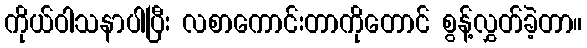
ကိုယ်ဝါသနာပါပြီး လစာကောင်းတာကိုတောင် စွန့်လွှတ်ခဲ့တာ။